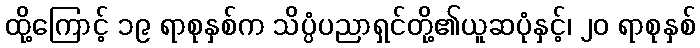
ထို့ကြောင့် ၁၉ ရာစုနှစ်က သိပ္ပံပညာရှင်တို့၏ယူဆပုံနှင့်၊ ၂၀ ရာစုနှစ်